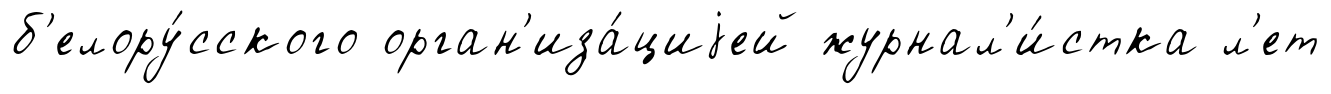
б'елору́сского орган'иза́циjей журнал'и́стка л'ет